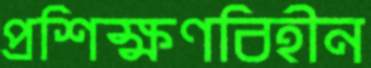
প্রশিক্ষণবিহীন